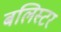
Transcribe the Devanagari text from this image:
बलिस्टर